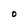
Character: O